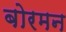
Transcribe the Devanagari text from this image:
बोरमन